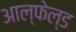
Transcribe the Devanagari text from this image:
आल्फेल्ड